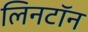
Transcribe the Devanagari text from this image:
लिनटॉन